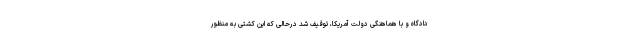
دادگاه و با هماهنگی دولت آمریکا، توقیف شد درحالی که این کشتی به منظور